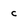
Character: c